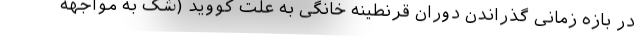
در بازه زمانی گذراندن دوران قرنطینه خانگی به علت کووید (شک به مواجهه